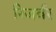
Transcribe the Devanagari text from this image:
रिजर्वर